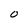
Character: O